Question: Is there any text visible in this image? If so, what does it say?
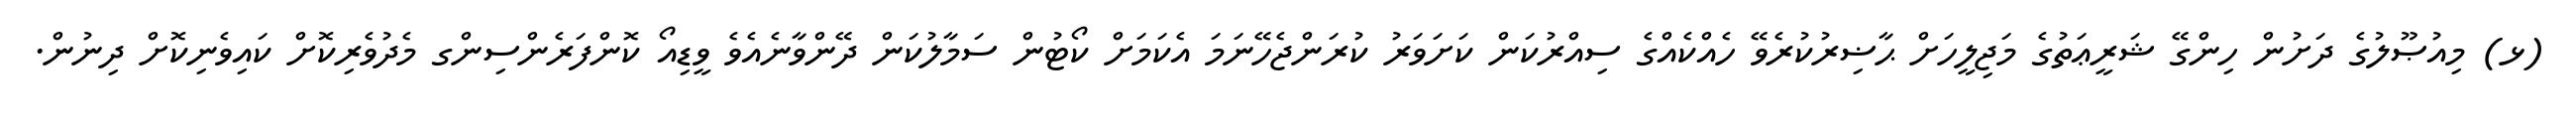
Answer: (ޅ) މިއުޞޫލުގެ ދަށުން ހިންގޭ ޝަރީޢަތުގެ މަޖިލީހަށް ޙާޟިރުކުރެވޭ ހެއްކެއްގެ ސިއްރުކަން ކަށަވަރު ކުރަންޖެހޭނަމަ އެކަމަށް ކޯޓުން ސަމާލުކަން ދޭންވާނެއެވެ ވީޑިއޯ ކޮންފަރެންސިންގ މެދުވެރިކޮށް ކައިވެނިކޮށް ދިނުން.